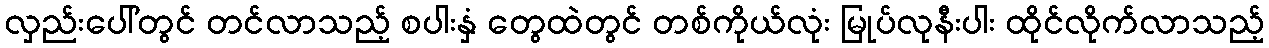
လှည်းပေါ်တွင် တင်လာသည့် စပါးနှံ တွေထဲတွင် တစ်ကိုယ်လုံး မြုပ်လုနီးပါး ထိုင်လိုက်လာသည့်